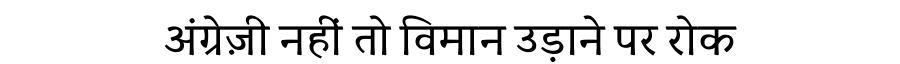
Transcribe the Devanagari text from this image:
अंग्रेज़ी नहीं तो विमान उड़ाने पर रोक